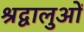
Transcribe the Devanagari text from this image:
श्रद्वालुओं